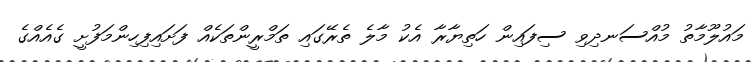
މައުލޫމާތު މުއްސަނދިވި ސިފައިން ހަތިޔާރާ އެކު މާލެ ތެރޭގައި ތަމްރީންތަކެއް ފަށައިފިހިންމަފުށީ ގެއެއްގެ